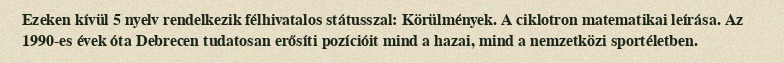
Ezeken kívül 5 nyelv rendelkezik félhivatalos státusszal: Körülmények. A ciklotron matematikai leírása. Az 1990-es évek óta Debrecen tudatosan erősíti pozícióit mind a hazai, mind a nemzetközi sportéletben.